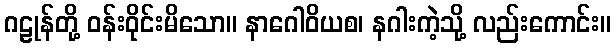
ဂဠုန်တို့ ဝန်းဝိုင်းမိသော။ နာဂေါဝိယစ၊ နဂါးကဲ့သို့ လည်းကောင်း။